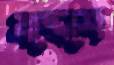
যদ্দেশে